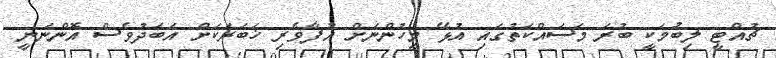
ޗުއްޓީ ލިބުމަކީ ބުރަ މަސައްކަތުގައި އުޅޭ މީހުންނަށް އުފާވެރި ޚަބަރަކަށް އަބަދުވެސް އޮންނަނީ